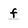
Character: f